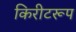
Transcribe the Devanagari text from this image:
किरीटरूप